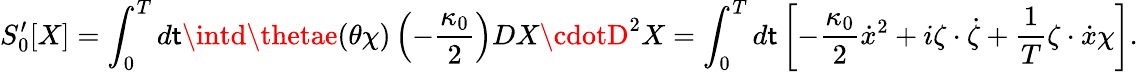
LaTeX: S_{0}^{\prime}[X]=\int_{0}^{T}d\mathsf{t}\intd\thetae(\theta\chi)\left(-\frac{{\kappa_{0}}}{{2}}\right)DX\cdotD^{2}X=\int_{0}^{T}d\mathsf{t}\left[-\frac{{\kappa_{0}}}{{2}}\dot{{x}}^{2}+i\zeta\cdot\dot{{\zeta}}+\frac{{1}}{{T}}\zeta\cdot\dot{{x}}\chi\right].